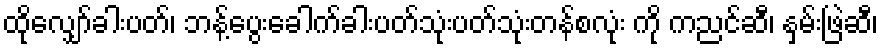
ထိုလျှော်ခါးပတ်၊ ဘန့်ပွေးခေါက်ခါးပတ်သုံးပတ်သုံးတန်စလုံး ကို ကညင်ဆီ၊ နှမ်းဖြဲဆီ၊